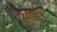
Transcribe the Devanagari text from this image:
प्रोटॅस्टॅन्ट